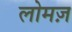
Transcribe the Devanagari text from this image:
लोमज़